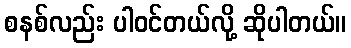
စနစ်လည်း ပါဝင်တယ်လို့ ဆိုပါတယ်။